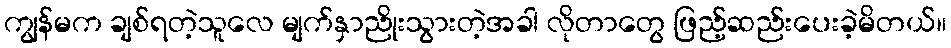
ကျွန်မက ချစ်ရတဲ့သူလေ မျက်နှာညိုးသွားတဲ့အခါ လိုတာတွေ ဖြည့်ဆည်းပေးခဲ့မိတယ်။